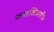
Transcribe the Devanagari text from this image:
कन्जक्टिवाइटिस